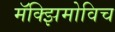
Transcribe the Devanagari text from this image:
मॅक्झिमोविच